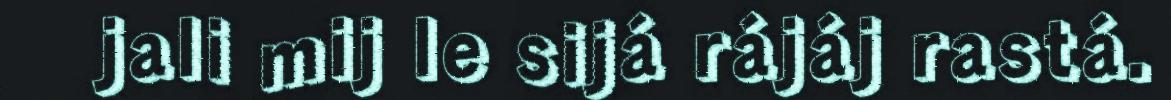
jali mij le sijá rájáj rastá.